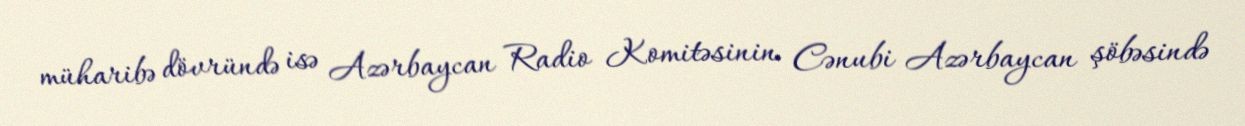
müharibə dövründə isə Azərbaycan Radio Komitəsinin Cənubi Azərbaycan şöbəsində